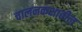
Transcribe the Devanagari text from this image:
चालनकक्षातील